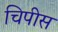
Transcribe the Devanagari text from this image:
चिपीस